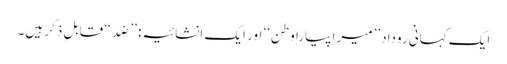
ایک کہانی روداد ’’میرا پیارا وطن‘‘ اور ایک انشائیہ: ’’ضِد‘‘ قابلِ ذکر ہیں۔